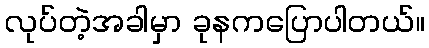
လုပ်တဲ့အခါမှာ ခုနကပြောပါတယ်။